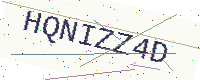
Text: HQNIZZ4D